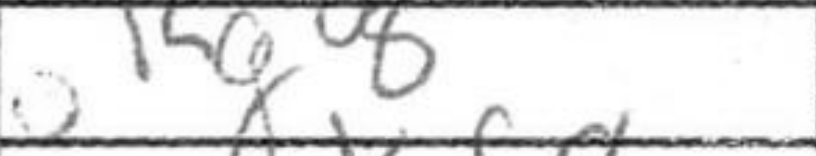
Transcription: Kg8